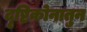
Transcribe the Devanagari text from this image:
दृष्टिकोनातुन